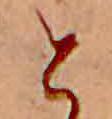
と